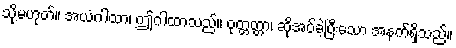
သို့မဟုတ်။ အယံဂါထာ၊ ဤဂါထာသည်။ ဝုတ္တတ္တာ၊ ဆိုအပ်ခဲ့ပြီးသော အနက်ရှိသည်။